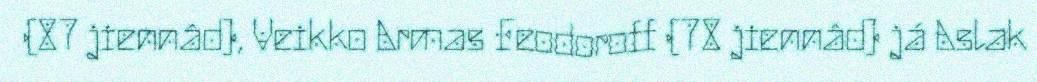
(87 jiennâd), Veikko Armas Feodoroff (78 jiennâd) já Aslak